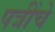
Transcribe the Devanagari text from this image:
पत्रींचे